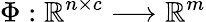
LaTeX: \Phi:\mathbb{R}^{n\times c}\longrightarrow\mathbb{R}^{m}